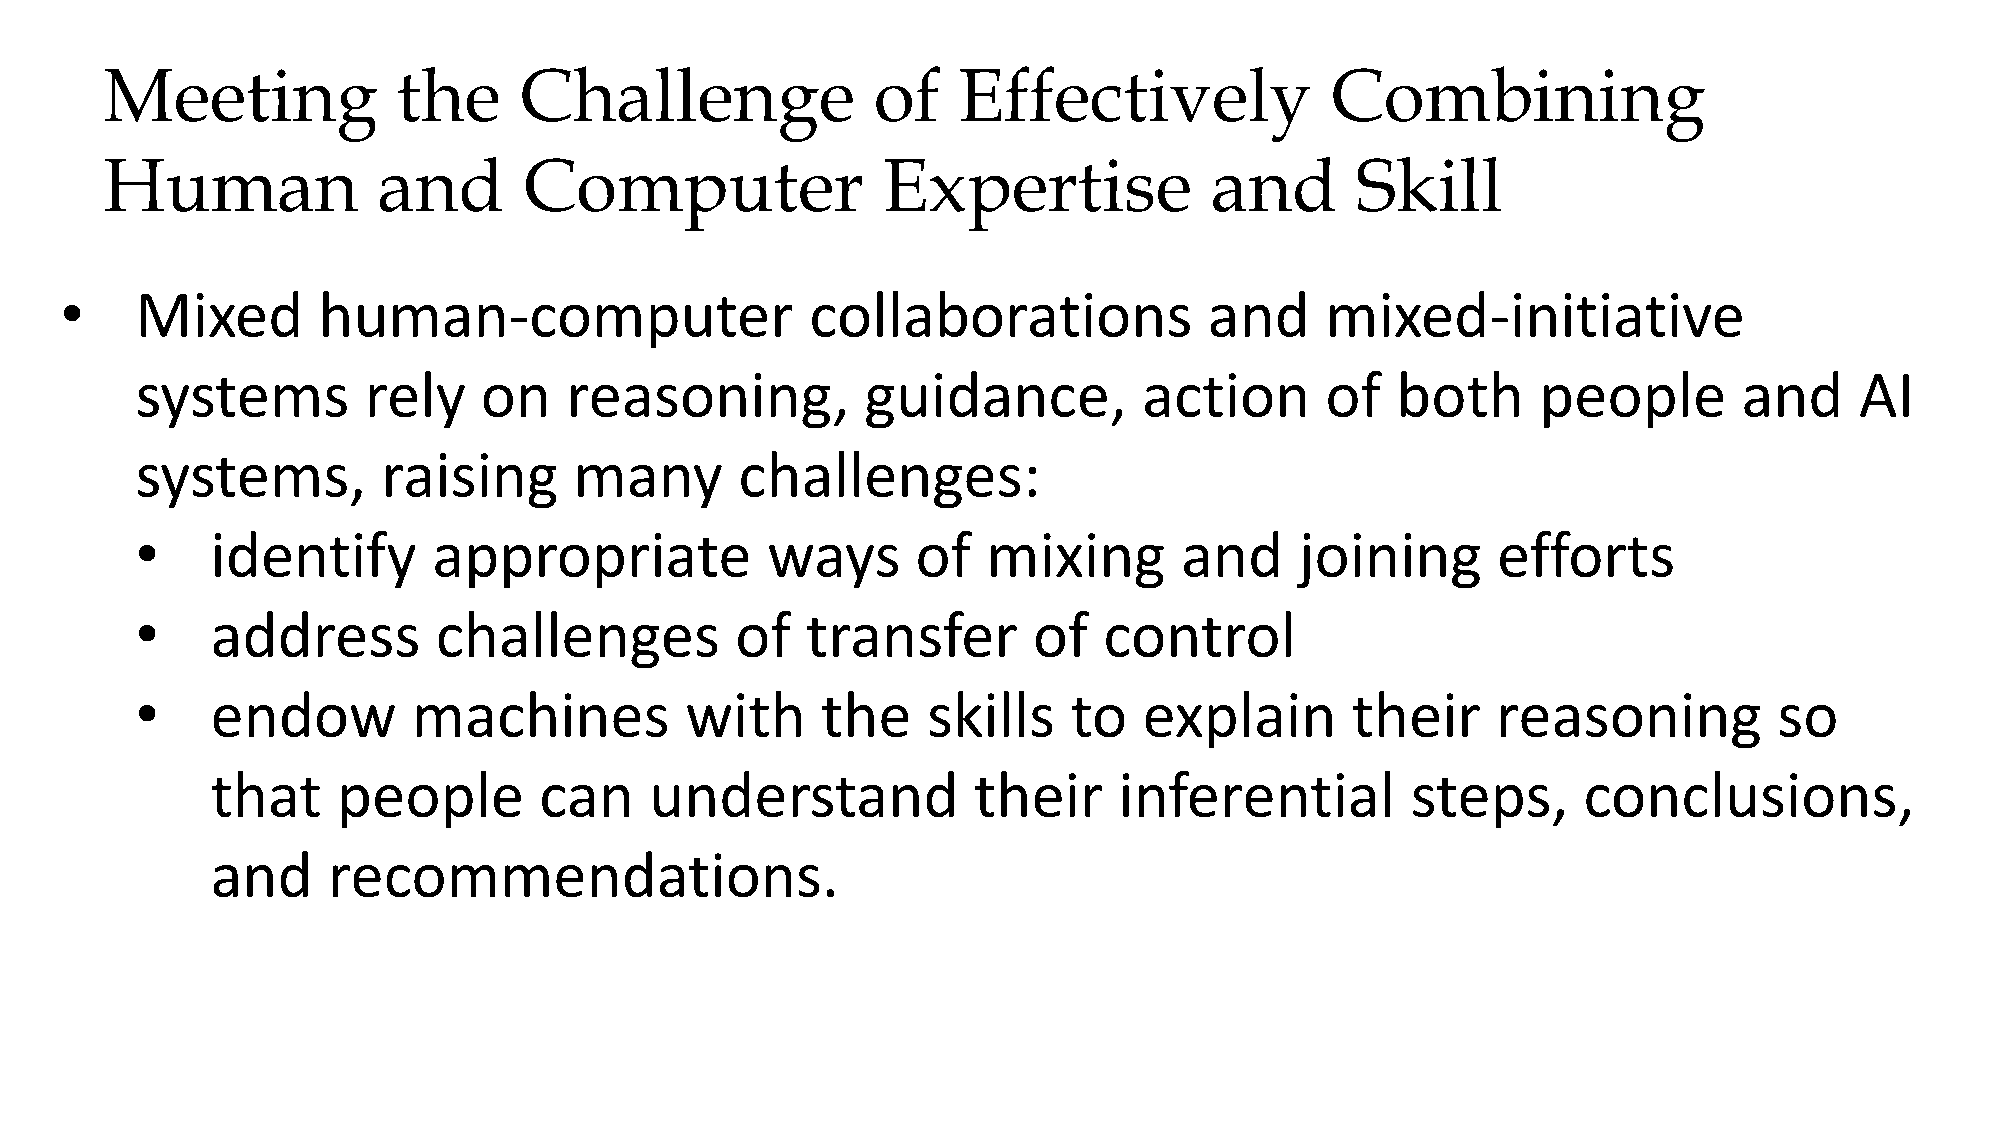
Meeting            the     Challenge               of   Effectively              Combining
 Human             and       Computer               Expertise             and       Skill
 •    Mixed       human-computer                   collaborations            and     mixed-initiative
 systems        rely    on   reasoning,          guidance,          action      of  both      people       and     AI
 systems,        raising      many       challenges:
 •    identify       appropriate           ways      of  mixing       and     joining      efforts
 •    address        challenges          of  transfer       of   control
 •    endow        machines          with     the    skills    to   explain      their     reasoning          so
 that    people        can    understand           their     inferential        steps,      conclusions,
 and     recommendations.